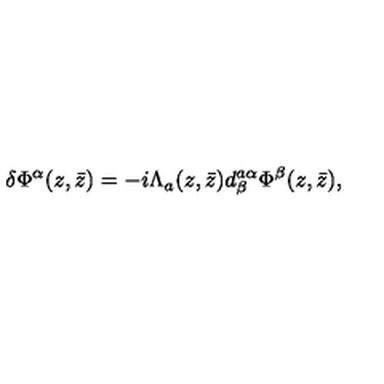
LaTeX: \delta \Phi ^ { \alpha } ( z , \bar { z } ) = - i \Lambda _ { a } ( z , \bar { z } ) d _ { \beta } ^ { a \alpha } \Phi ^ { \beta } ( z , \bar { z } ) ,